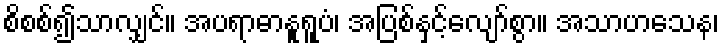
စိစစ်၍သာလျှင်။ အပရာဓာနူရူပံ၊ အပြစ်နှင့်လျော်စွာ။ အသာဟသေန၊